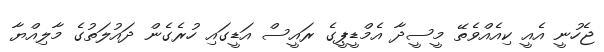
ޖެހުނީ އެއީ ކިއެއްވެތޭ މީސީދާ އެމްޑީޕީގެ ރައީސް އަޑީގައި ހުރެގެން ދައުލަތުގެ މާލިއްޔާ